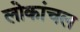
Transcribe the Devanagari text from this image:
लोकांचल